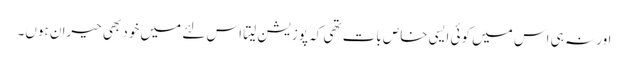
اور نہ ہی اس میں کوئی ایسی خاص بات تھی کہ پوزیشن لیتا اس لئے میں خود بھی حیران ہوں۔